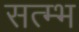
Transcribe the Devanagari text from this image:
सत्म्भ